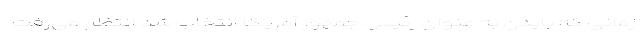
زمانی که بایدن به عنوان رئیس جمهور آمریکا انتخاب شد انتظار می‌رفت